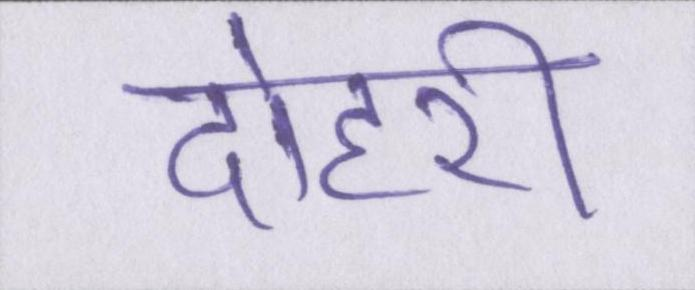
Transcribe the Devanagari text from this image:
दोहरी